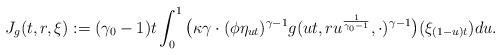
LaTeX: \begin{align*} J_g(t,r,\xi) :=(\gamma_0 - 1)t\int_0^1 \big( \kappa \gamma \cdot ( \phi \eta_{ut} )^{\gamma - 1} g (ut,ru^{\frac{1}{\gamma_0 - 1}},\cdot )^{\gamma-1} \big) ( \xi_{(1-u)t} ) du.\end{align*}